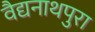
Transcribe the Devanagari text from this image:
वैद्यनाथपुरा